Civil Veterinary Dept. North-West Frontier Province 1933-46 - 1933-1946
Year: 1933
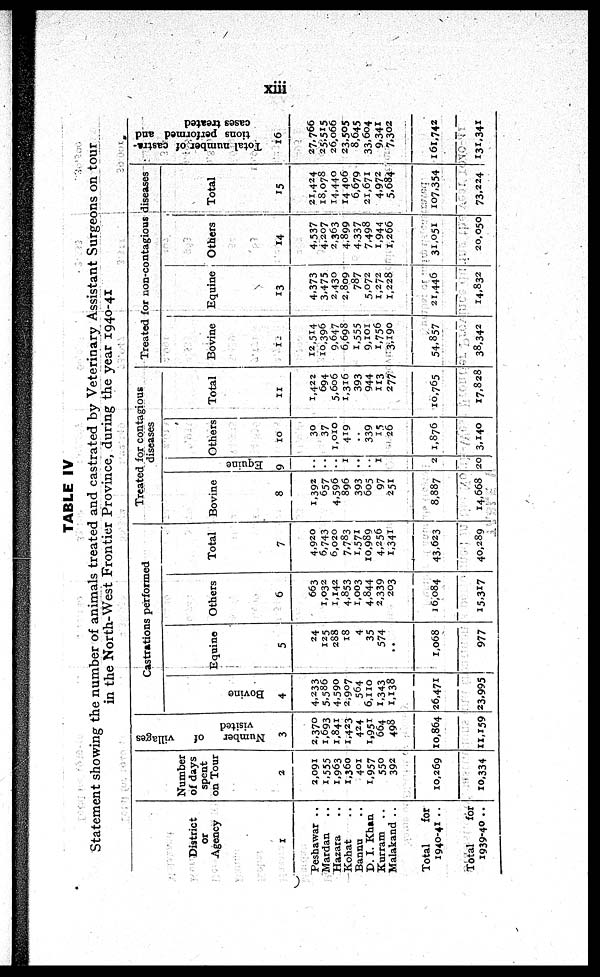
xiii
TABLE IV
Statement showing the number of animals treated and castrated by Veterinary Assistant Surgeons on tour
in the North-West Frontier Province, during the year 1940-41
District
or
Agency
1
Peshawar ..
Mardan ..
Hazara ..
Kohat ..
Bannu ..
D. I. Khan
Kurram
..
Malakand ..
Total
for
1940-41 ..
Total
for
1939-40 ..
Number
of days
spent
on Tour
2
2,091
1,555
1,963
1,360
401
1,957
550
392
10,269
10,334
Number
of villages
visited
3
2,370
1,693
1,841
1,423
424
1,951
664
498
10,864
11,159
Castrations performed
Bovine
4
4,233
5,586
4,590
2,907
564
6,110
1,343
1,138
26,471
23,995
Equine
5
24
125
288
18
4
35
574
..
1,068
977
Others
6
663
1,032
1,142
4.853
1,003
4,844
2,339
203
16,084
15,317
Total
7
4,920
6,743
6,020
7,783
1,571
10,989
4,256
1,341
43,623
40,289
Treated for contagious
diseases
Bovine
8
1,392
657
4,596
896
393
605
97
251
8,887
14,668
Equine
9
..
..
..
1
..
..
1
..
2
20
Others
10
30
37
1,010
419
..
339
15
26
1,876
3,140
Total
11
1,422
694
5,606
1,316
393
944
113
277
10,765
17,828
Treated for non-contagious diseases
Bovine
12
12,514
10,396
9,647
6,698
1,555
9,101
1,756
3,190
54,857
38,342
Equine
13
4,373
3,475
2,430
2,809
787
5,072
1,272
1,228
21,446
14,832
Others
14
4,537
4,207
2,363
4.899
4.337
7,498
1,944
1,266
31,051
20,050
Total
15
21,424
18,078
14,440
14,406
6,679
21,671
4,972
5,684
107,354
73,224
Total number of castra-
tions performed and
cases treated
16
27,766
25,515
26,066
23,505
8,645
33.604
9,341
7,302
161,742
131,341